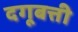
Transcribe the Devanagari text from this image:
दगूबत्ती